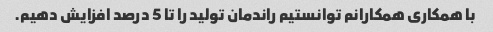
با همکاری همکارانم توانستیم راندمان تولید را تا 5 درصد افزایش دهیم.